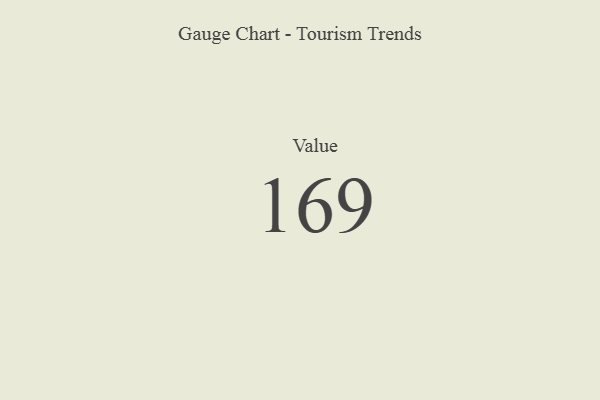
{"axis": {"x": "Metric", "y": "Value"}, "legend": [""], "data": [{"x": "Value", "y": 169, "type": ""}]}